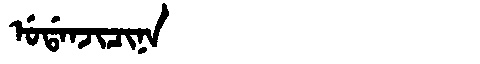
Manchu: ᡠᡩᠠᠨᠵᡳᠴᡳᠨᠠ
Romanization: UDANJICINA